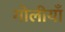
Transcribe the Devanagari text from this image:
गोलीयाँ